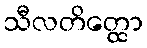
သီလတိတ္ထော